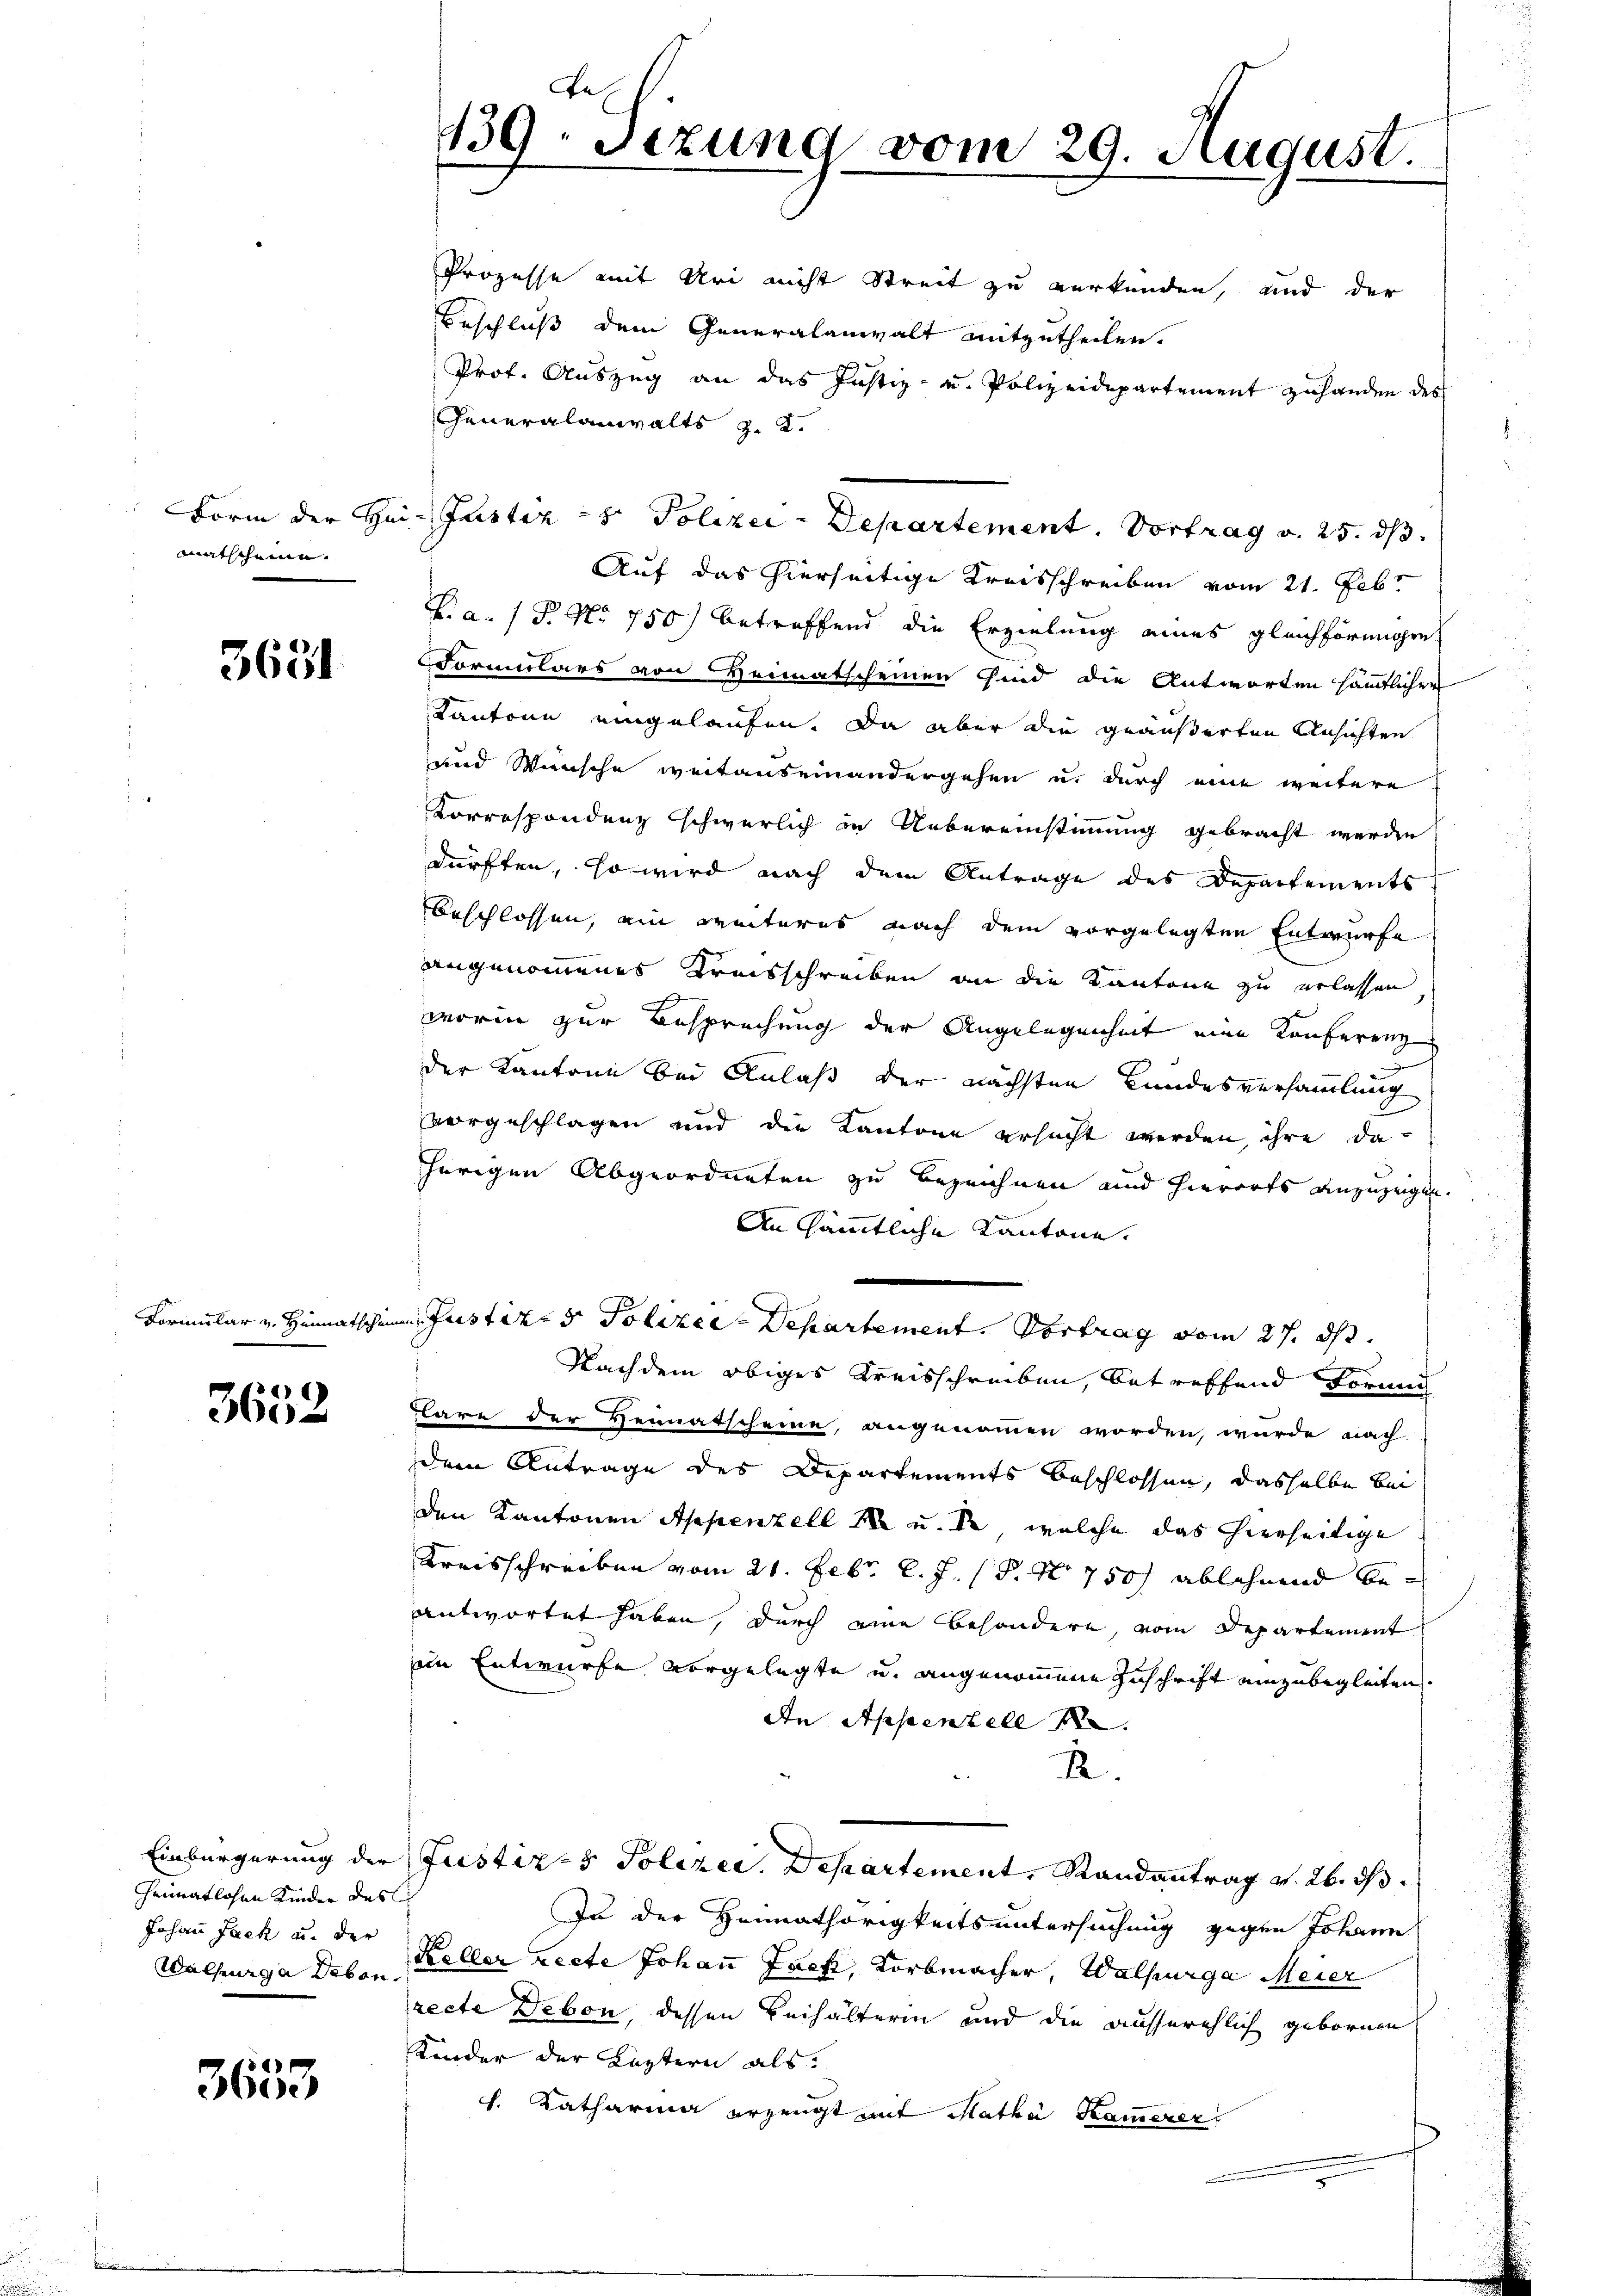
matschein.

3631

3652

heimatlosen Kinder des
Johann Fach u. der

1
30c

Prozesse mit Uri nicht Streit zu verkunden, und der
Beschluß dem Generalanwalt mitzutheilen.
Prot. Auszug an das Justiz- u. Polizeidepartement zuhanden des
Generalanwalts u. 2.
Form der Hai- Justiz - Polizei-Departement. Vortrag v. 25. ds.
Auf das hierseitige Kreisschreiben vom 21. Febr
La. 1 P. No 750) betreffend die Erzielung eines gleichförmigen
Vormulars von Heimatscheinen sind die Antworten sämtlicher
Kantone eingelaufen. Da aber die geäußerten Ansichten
und Wünsche weitauseinandergehen u. durch eine weitere
Korrespondenz schwerlich in Uebereinstimmung gebracht werden
dürften, so wird nach dem Antrage des Departements
beschlossen, ein weiteres nach dem vorgelegten Entwurfe
angenommenes Kreisschreiben an die Kantone zu erlassen
worin zur Besprechung der Angelegenheit eine Konferenz
der Kantone bei Anlaß der nächsten Bundesversammlung
vorgeschlagen und die Kantone ersucht werden, ihre daherigen Abgeordneten zu bezeichnen und hierorts anzuzeigen.
An sämmtliche Kantone.
Formular v. Heimatschen Justiz- & Polizee-Departement. Vortrag vom 27. ds.
Nachdem obiges Kreisschreiben, betreffend Formit
lare der Heimatscheine, angenommen worden, wurde nach
dem Antrage des Departements beschlossen, dasselbe bei
den Kantonen Appenzell I. u. Er, welche das hierseitige
Kreisschreiben vom 21. Febr. l. J. P. Nr. 750 ablehnend beantwortet haben, durch eine besondere, vom Departement
in Entwurfe vorgelegte u. angenommene Zuschrift einzubegleiten.
In Appenzell
R.
Einbürgerung der Justiz- & Polizer. Departement, Randantrag v. 26. ds.
In der Heimathörigkeitsuntersuchung gegen Johann
Walhurga Peten Keller recte Johan Zach, Korbmacher, Walhurga Meier
recte Debon, dessen Beihälterin und die ausserehlich gebornen
Kinder der Leztern als:
ch. Katharina erzeugt mit Mathe Kamerer

139. Sizung vom 29. August.